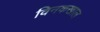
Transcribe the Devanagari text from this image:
विनकखाल